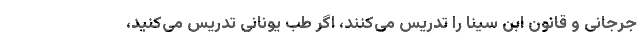
جرجانی و قانون ابن سینا را تدریس می‌کنند، اگر طب یونانی تدریس می‌کنید،